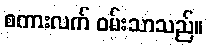
စကားလက် ဝမ်းသာသည်။